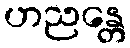
ဟညန္တေ